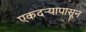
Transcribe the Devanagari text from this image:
एकदर्‍यापासून